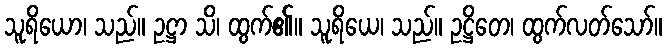
သူရိယော၊ သည်။ ဥဋ္ဌာ သိ၊ ထွက်၏။ သူရိယေ၊ သည်။ ဥဋ္ဌိတေ၊ ထွက်လတ်သော်။